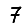
Digit: 7